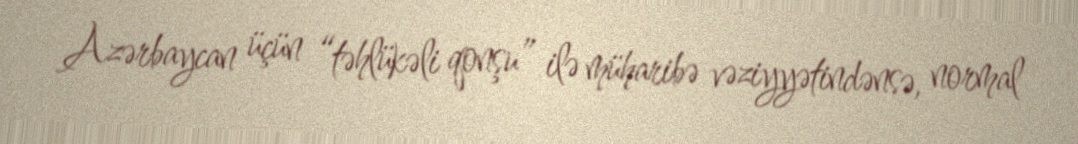
Azərbaycan üçün “təhlükəli qonşu” ilə müharibə vəziyyətindənsə, normal